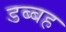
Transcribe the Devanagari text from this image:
डब्बह